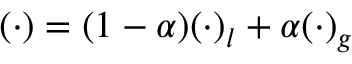
( \cdot ) = ( 1 - \alpha ) ( \cdot ) _ { l } + \alpha ( \cdot ) _ { g }